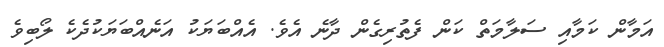
އަމާން ކަމާއި ސަލާމަތް ކަން ފެތުރިގެން ދާނެ އެވެ. އެއްބަޔަކު އަނެއްބަޔަކުދެކެ ލޯބިވެ